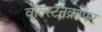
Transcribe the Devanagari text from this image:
वॉल्स्टनक्राफ्ट